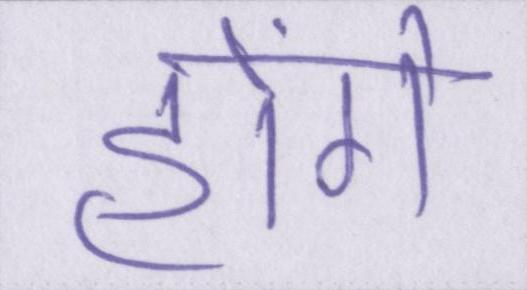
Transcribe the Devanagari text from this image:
होंगे